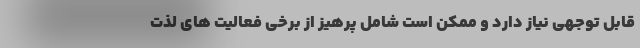
قابل توجهی نیاز دارد و ممکن است شامل پرهیز از برخی فعالیت های لذت